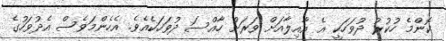
ކޮންމެ ހުކުރު ދުވަހަކީ އެ އާއިލާއަށް ވަރަށް ހާއްސަ ދުވަހަކެއެވެ. އެހެންމަވެސް އެދުވަހުގެ